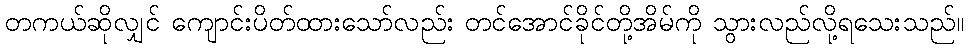
တကယ်ဆိုလျှင် ကျောင်းပိတ်ထားသော်လည်း တင်အောင်ခိုင်တို့အိမ်ကို သွားလည်လို့ရသေးသည်။